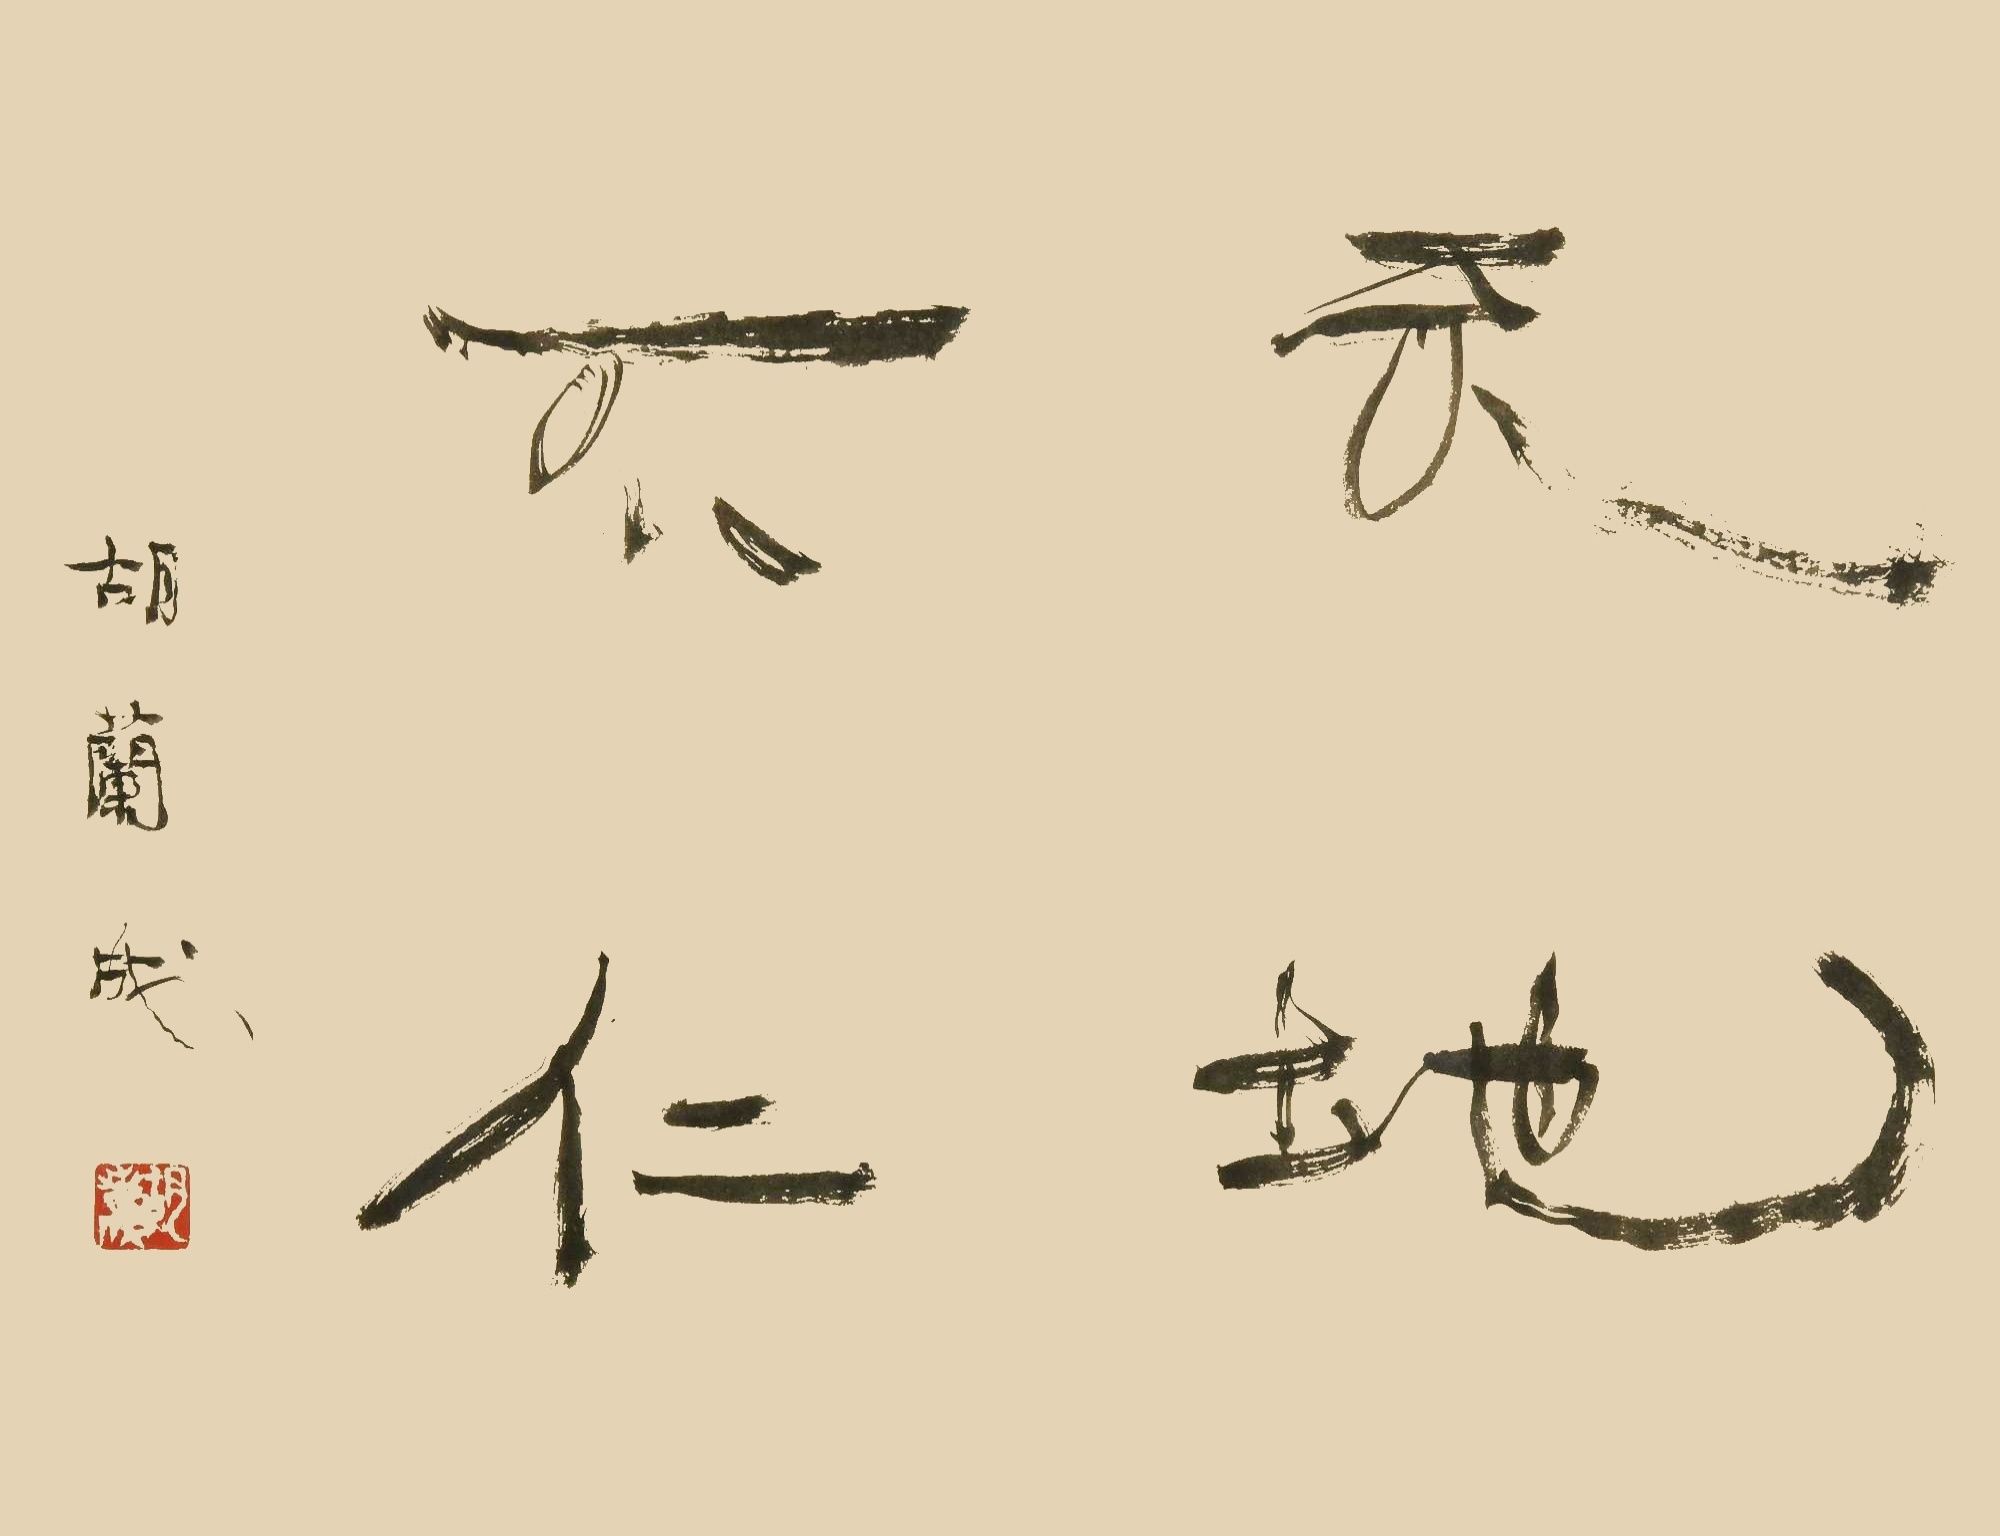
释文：天地不仁胡兰成。